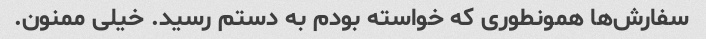
سفارش‌ها همونطوری که خواسته بودم به دستم رسید. خیلی ممنون.